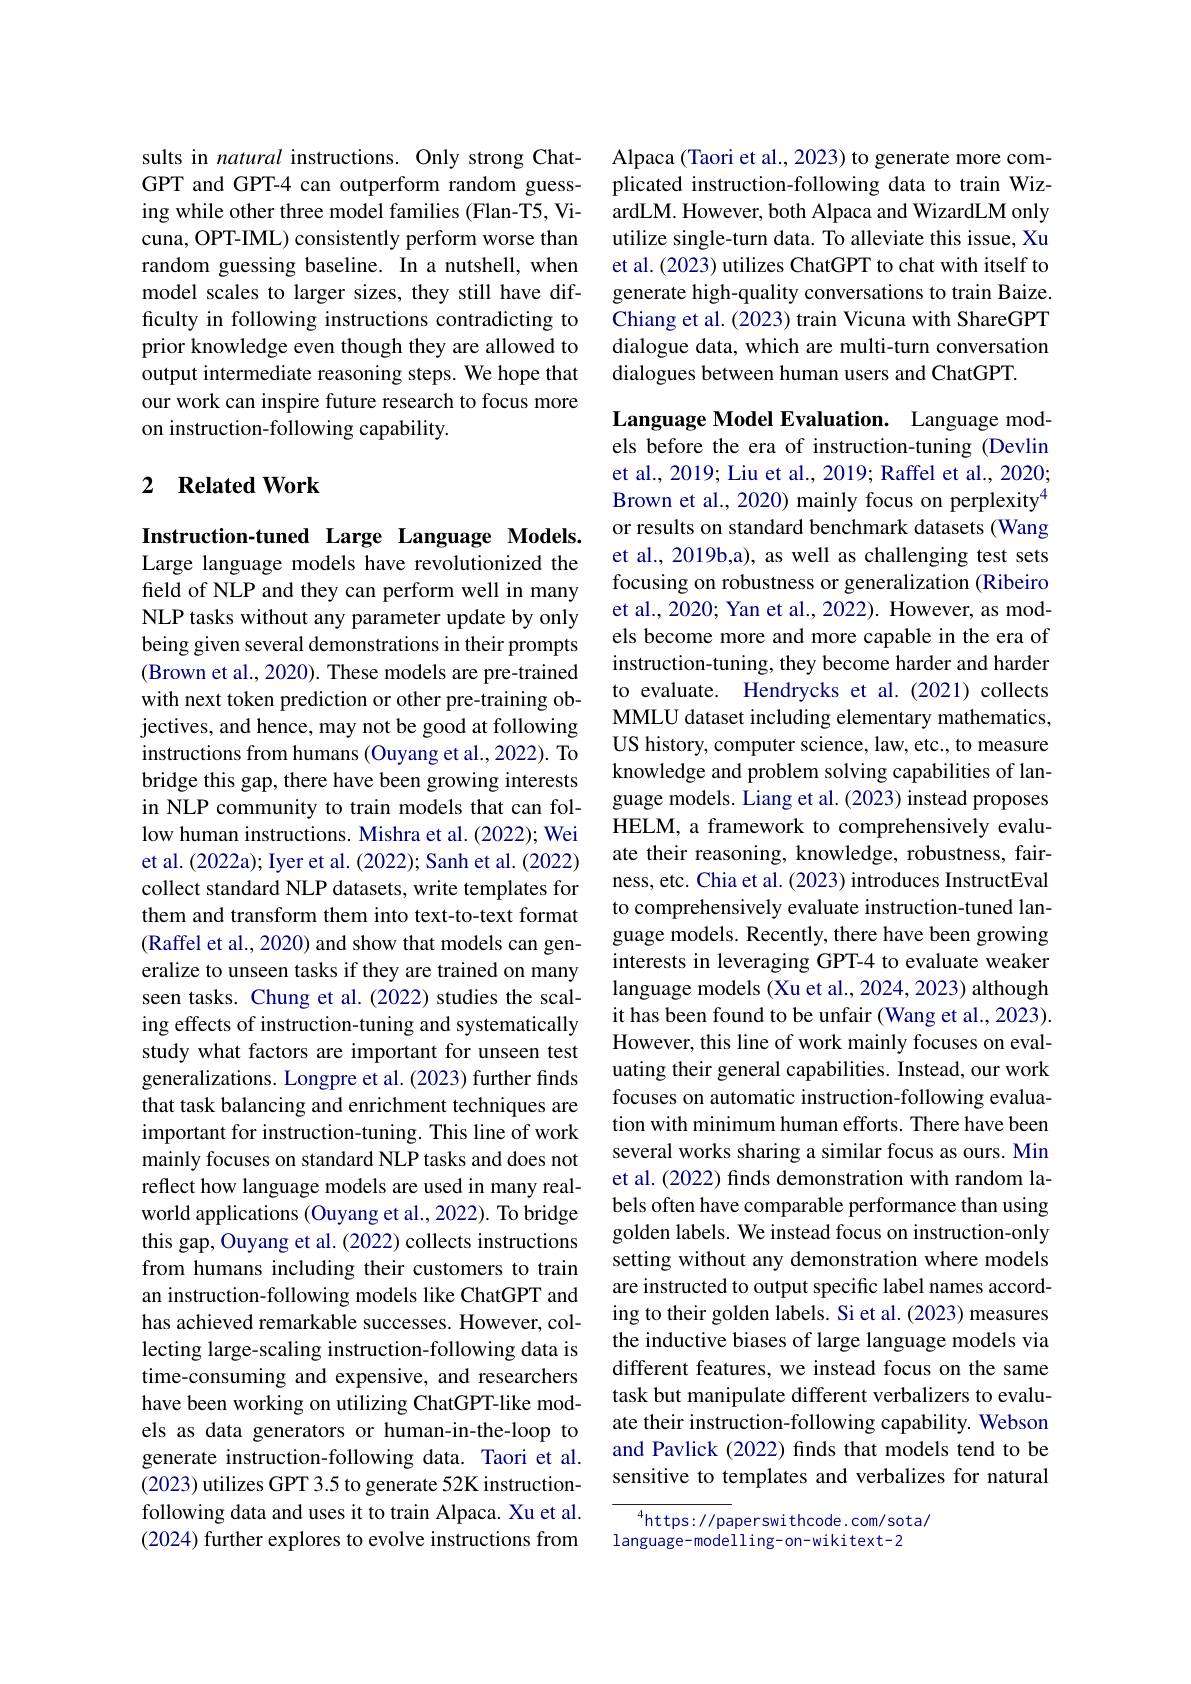
sults in natural instructions. Only strong ChatGPT and GPT-4 can outperform random guessing while other three model families (Flan-T5, Vicuna, OPT-IML) consistently perform worse than random guessing baseline. In a nutshell, when model scales to larger sizes, they still have difficulty in following instructions contradicting to prior knowledge even though they are allowed to output intermediate reasoning steps. We hope that our work can inspire future research to focus more on instruction-following capability.

### 2 $\textbf{Related Work}$

Instruction-tuned Large Language Models. Large language models have revolutionized the field of NLP and they can perform well in many NLP tasks without any parameter update by only being given several demonstrations in their prompts (Brown et al., 2020). These models are pre-trained with next token prediction or other pre-training objectives, and hence, may not be good at following instructions from humans (Ouyang et al., 2022). To bridge this gap, there have been growing interests in NLP community to train models that can follow human instructions. Mishra et al. (2022); Wei et al. (2022a); Iyer et al. (2022); Sanh et al. (2022) collect standard NLP datasets, write templates for them and transform them into text-to-text format (Raffel et al., 2020) and show that models can generalize to unseen tasks if they are trained on many seen tasks. Chung et al.(2022) studies the scaling effects of instruction-tuning and systematically study what factors are important for unseen test generalizations. Longpre et al. (2023) further finds that task balancing and enrichment techniques are important for instruction-tuning. This line of work mainly focuses on standard NLP tasks and does not reflect how language models are used in many realworld applications (Ouyang et al., 2022). To bridge this gap, Ouyang et al. (2022) collects instructions from humans including their customers to train an instruction-following models like ChatGPT and has achieved remarkable successes. However, collecting large-scaling instruction-following data is time-consuming and expensive, and researchers have been working on utilizing ChatGPT-like models as data generators or human-in-the-loop to generate instruction-following data. Taori et al. (2023) utilizes GPT 3.5 to generate 52K instructionfollowing data and uses it to train Alpaca. Xu et al. (2024) further explores to evolve instructions from

Alpaca (Taori et al., 2023) to generate more complicated instruction-following data to train WizardLM. However, both Alpaca and WizardLM only utilize single-turn data. To alleviate this issue, Xu et al. (2023) utilizes ChatGPT to chat with itself to generate high-quality conversations to train Baize. Chiang et al. (2023) train Vicuna with ShareGPT dialogue data, which are multi-turn conversation dialogues between human users and ChatGPT.

Language Model Evaluation. Language models before the era of instruction-tuning (Devlin et al., 2019; Liu et al., 2019; Raffel et al., 2020; Brown et al., 2020) mainly focus on perplexity$^{4}$ or results on standard benchmark datasets (Wang et al., 2019b,a), as well as challenging test sets focusing on robustness or generalization (Ribeiro et al., 2020; Yan et al., 2022). However, as models become more and more capable in the era of instruction-tuning, they become harder and harder to evaluate. Hendrycks et al.(2021) collects MMLU dataset including elementary mathematics, US history, computer science, law, etc., to measure knowledge and problem solving capabilities of language models. Liang et al. (2023) instead proposes HELM, a framework to comprehensively evaluate their reasoning, knowledge, robustness, fairness, etc. Chia et al. (2023) introduces InstructEval to comprehensively evaluate instruction-tuned language models. Recently, there have been growing interests in leveraging GPT-4 to evaluate weaker language models (Xu et al., 2024, 2023) although it has been found to be unfair (Wang et al., 2023). However, this line of work mainly focuses on evaluating their general capabilities. Instead, our work focuses on automatic instruction-following evaluation with minimum human efforts. There have been several works sharing a similar focus as ours. Min et al. (2022) finds demonstration with random labels often have comparable performance than using golden labels. We instead focus on instruction-only setting without any demonstration where models are instructed to output specific label names according to their golden labels. Si et al.(2023) measures the inductive biases of large language models via different features, we instead focus on the same task but manipulate different verbalizers to evaluate their instruction-following capability. Webson and Pavlick (2022) finds that models tend to be sensitive to templates and verbalizes for natural

$^{4}$https://paperswithcode.com/sota/
language- modelling- on- wikitext-2